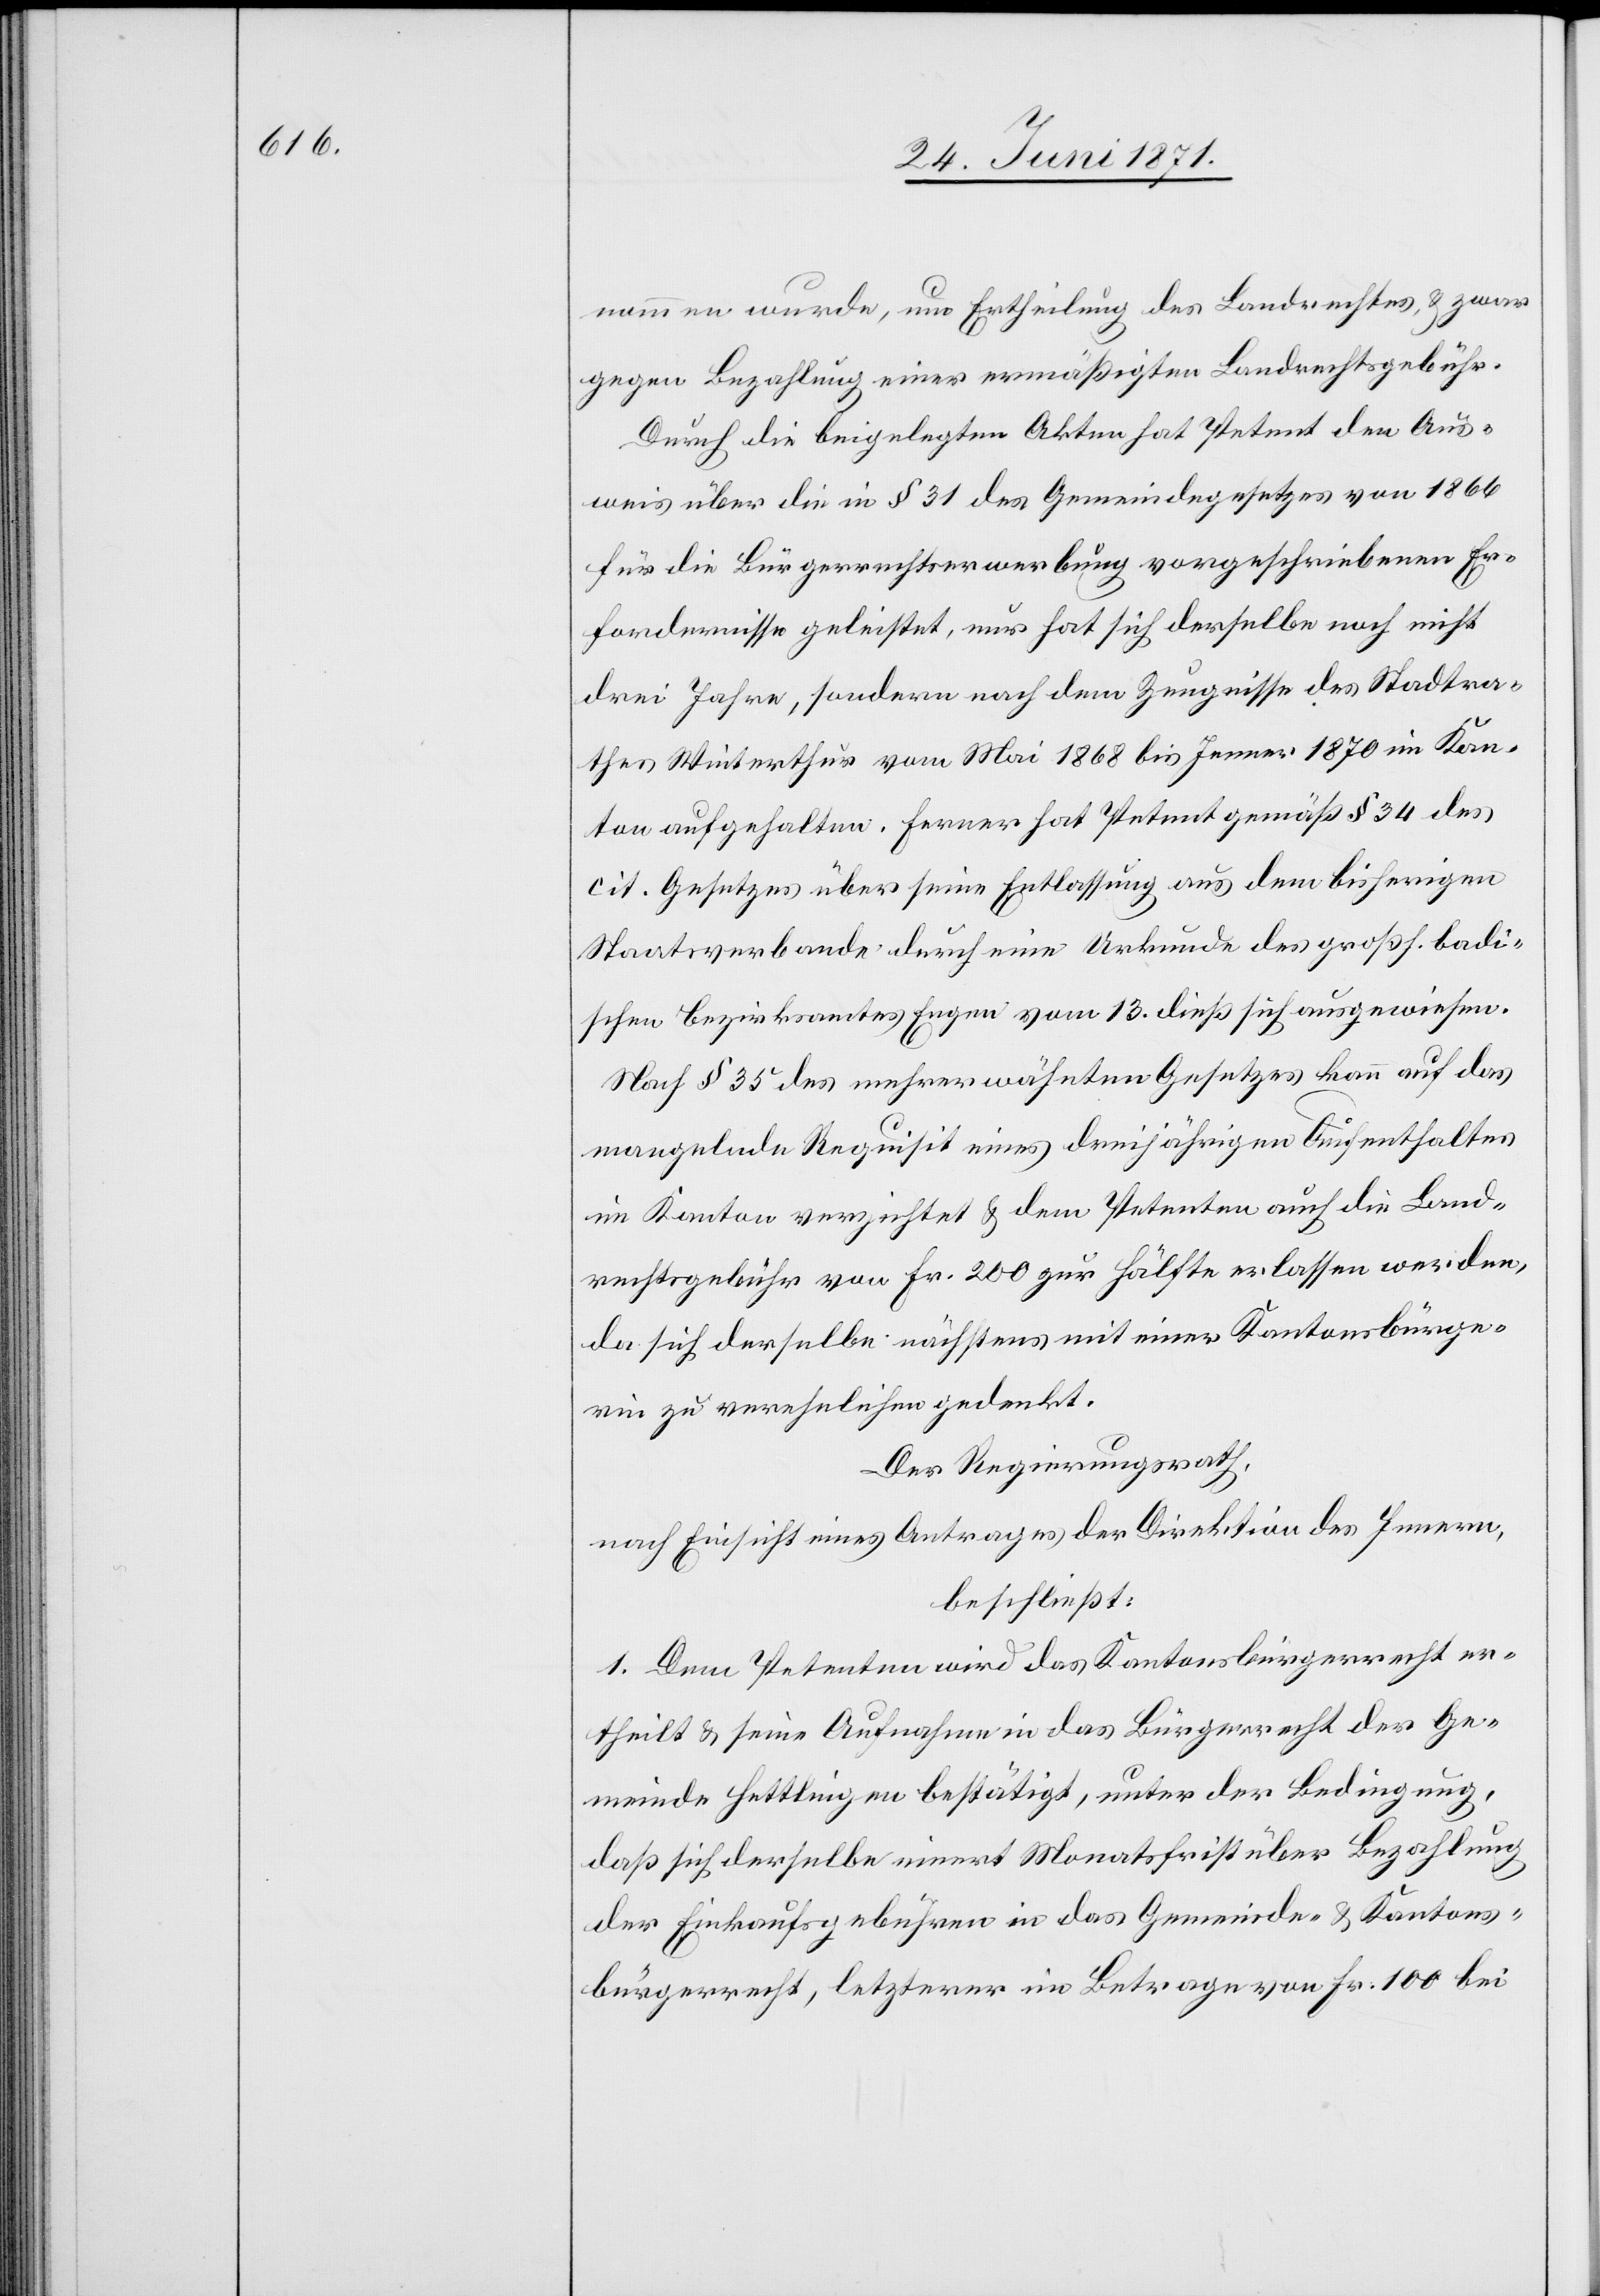
nommen wurde, um Ertheilung des Landrechtes, u. zwar
gegen Bezahlung einer ermäßigten Landrechtsgebühr.
Durch die beigelegten Akten hat Petent den Aus¬
weis über die in § 31 des Gemeindegesetzes von 1866
für die Bürgerrechtserwerbung vorgeschriebenen Er¬
fordernisse geleistet, nur hat sich derselbe noch nicht
drei Jahre, sondern nach dem Zeugnisse des Stadtra¬
thes Winterthur vom Mai 1868 bis Jenner 1870 im Kan¬
ton aufgehalten. Ferner hat Petent gemäß § 34 des
cit. Gesetzes über seine Entlassung aus dem bisherigen
Staatsverbande durch eine Urkunde des großh. badi¬
schen Bezirksamtes Engen vom 13. dieß sich ausgewiesen.
Nach § 35 des mehrerwähnten Gesetzes kann auf das
mangelnde Requisit eines dreijährigen Aufenthaltes
im Kanton verzichtet u. dem Petenten auch die Land¬
rechtsgebühr von Fr. 200 zur Hälfte erlassen werden,
da sich derselbe nächstens mit einer Kantonsbürge¬
rin zu verehelichen gedenkt.
Der Regierungsrath,
nach Einsicht eines Antrages der Direktion des Innern,
beschließt:
1. Dem Petenten wird das Kantonsbürgerrecht er¬
theilt u. seine Aufnahme in das Bürgerrecht der Ge¬
meinde Hettlingen bestätigt, unter der Bedingung,
daß sich derselbe innert Monatsfrist über Bezahlung
der Einkaufsgebühren in das Gemeinde- u. Kantons¬
bürgerrecht, letzterer im Betrage von Fr. 100 bei